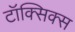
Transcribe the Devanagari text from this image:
टॉक्सिक्स